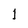
Character: 1